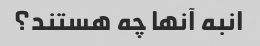
انبه آنها چه هستند؟